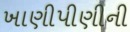
ખાણીપીણીની